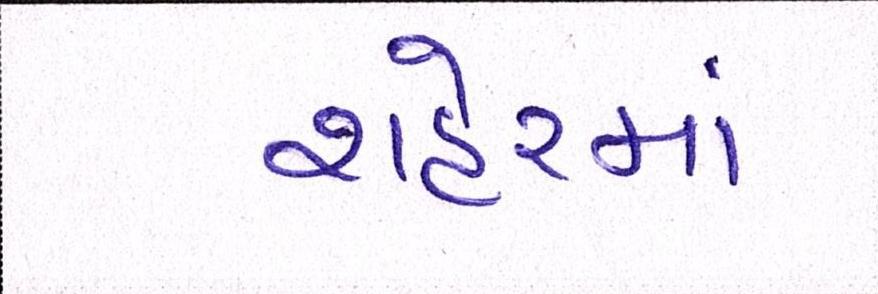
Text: શહેરમાં